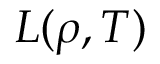
L ( \rho , T )